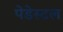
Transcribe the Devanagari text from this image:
पेडेस्टल